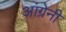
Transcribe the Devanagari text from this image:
आंग्रेनी